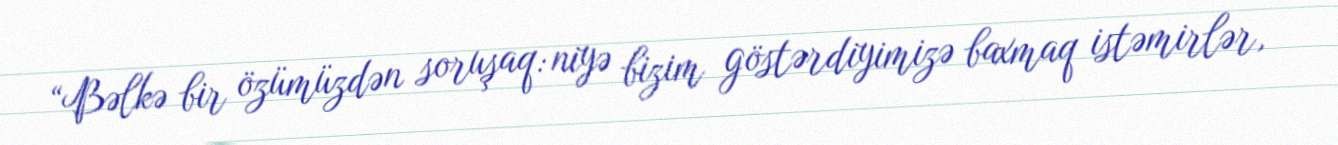
“Bəlkə bir özümüzdən soruşaq: niyə bizim göstərdiyimizə baxmaq istəmirlər,